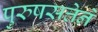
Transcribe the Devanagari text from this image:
पुरुषसत्तेने